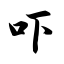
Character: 吓